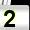
Digit: 2